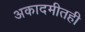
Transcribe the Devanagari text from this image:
अकादमीतही